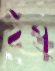
ইস্ক্রু